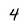
Character: 4